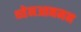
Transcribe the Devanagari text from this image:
थ्येनआनमन